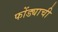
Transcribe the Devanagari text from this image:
फोंड्याची